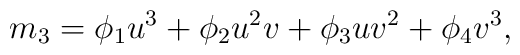
m_3 = \phi_1 u^3 +\phi_2 u^2v + \phi_3 uv^2 + \phi_4 v^3,